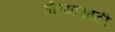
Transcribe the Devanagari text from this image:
होण्‍यासाठी